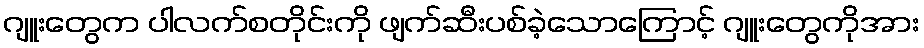
ဂျူးတွေက ပါလက်စတိုင်းကို ဖျက်ဆီးပစ်ခဲ့သောကြောင့် ဂျူးတွေကိုအား